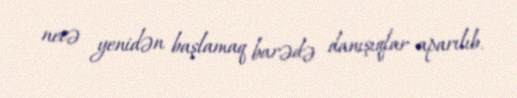
necə yenidən başlamaq barədə danışıqlar aparılıb.